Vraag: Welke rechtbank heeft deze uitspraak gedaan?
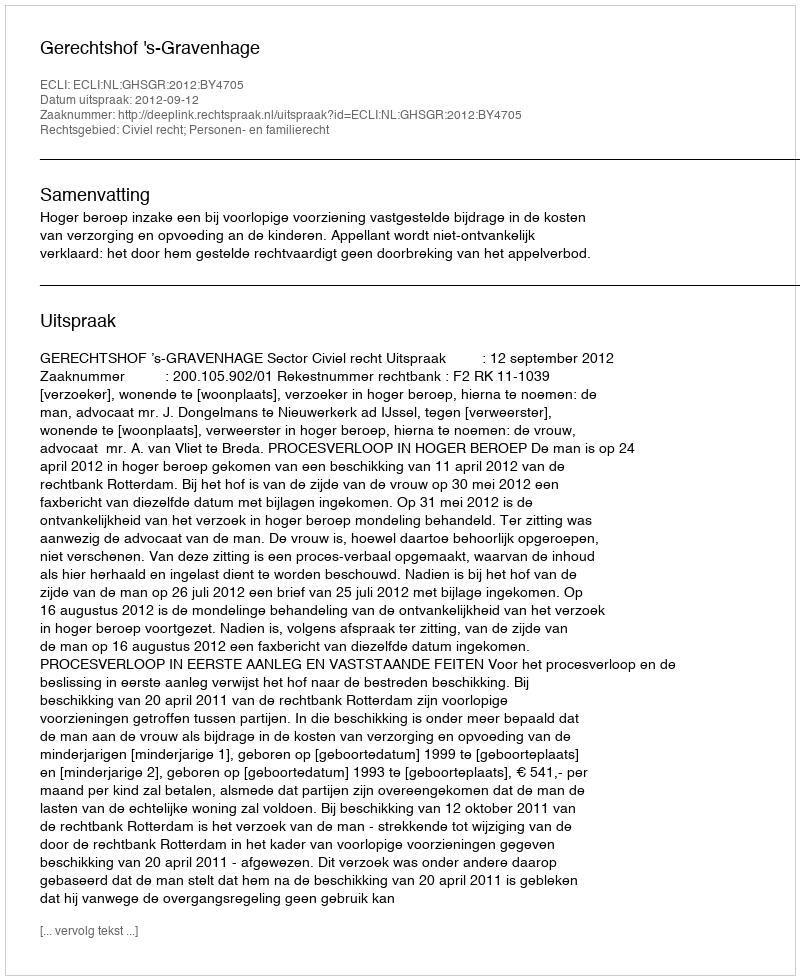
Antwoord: Gerechtshof 's-Gravenhage